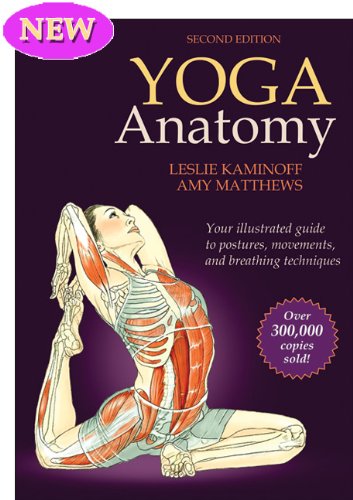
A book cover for Yoga Anatomy-2nd Edition; Leslie Kaminoff; Science & Math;